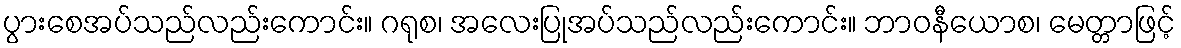
ပွားစေအပ်သည်လည်းကောင်း။ ဂရုစ၊ အလေးပြုအပ်သည်လည်းကောင်း။ ဘာဝနီယောစ၊ မေတ္တာဖြင့်